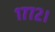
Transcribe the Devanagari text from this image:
१७७२।